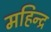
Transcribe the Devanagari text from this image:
महिन्द्र